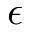
\epsilon